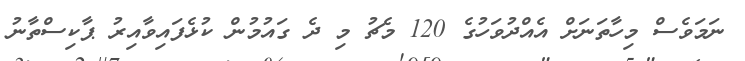
ނަމަވެސް މިހާތަނަށް އެއްދުވަހުގެ 120 މެޗު މި ދެ ގައުމުން ކުޅެފައިވާއިރު ޕާކިސްތާނު